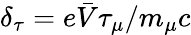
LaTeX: \delta_{\tau}=e\bar{V}\tau_{\mu}/m_{\mu}c